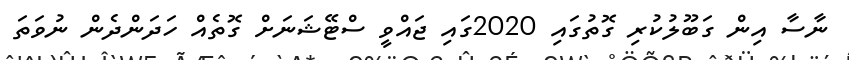
ނާސާ އިން ގަބޫލުކުރި ގޮތުގައި 2020ގައި ޖައްވީ ސްޓޭޝަނަށް ގޮތެއް ހަދަންދެން ނުވަތަ